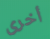
أخرى